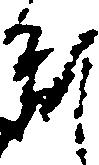
乱